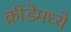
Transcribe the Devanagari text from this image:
क्रीडेमध्ये